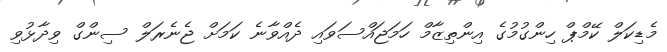
މެޑިކަލް ކޭމްޕް ހިންގުމުގެ އިންތިޒާމް ހަމަޖައްސަވައި ދެއްވާނެ ކަމަށް ޖެނެރަލް ސިންގް ވިދާޅުވި